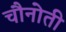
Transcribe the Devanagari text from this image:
चौनोती